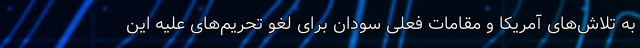
به تلاش‌های آمریکا و مقامات فعلی سودان برای لغو تحریم‌های علیه این